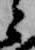
と